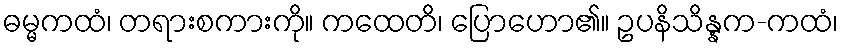
ဓမ္မကထံ၊ တရားစကားကို။ ကထေတိ၊ ပြောဟော၏။ ဥပနိသိန္နက-ကထံ၊